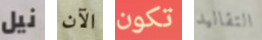
نيل الآن تكون التقاليد